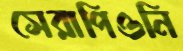
সেরাপিওনি